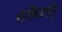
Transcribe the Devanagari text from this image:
शक्तिवर्मन्‌